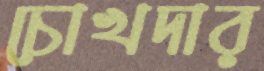
চোখদার